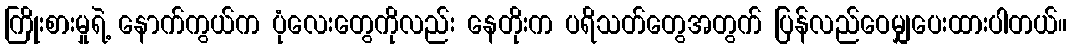
ကြိုးစားမှုရဲ့ နောက်ကွယ်က ပုံလေးတွေကိုလည်း နေတိုးက ပရိသတ်တွေအတွက် ပြန်လည်ဝေမျှပေးထားပါတယ်။